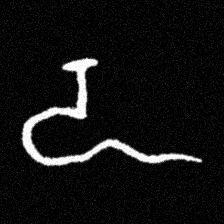
Pyu character \u2014 Myanmar letter: ဍ (romanized: dda)